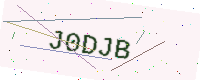
Text: J0DJB